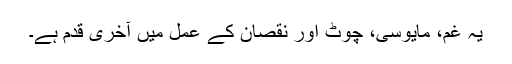
یہ غم، مایوسی، چوٹ اور نقصان کے عمل میں آخری قدم ہے۔